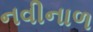
નવીનાળ